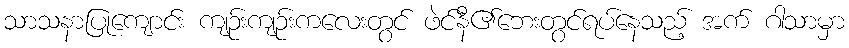
သာသနာပြုကျောင်း ကျဉ်းကျဉ်းကလေးတွင် ဖဲင်နီ၏ဘေးတွင်ရပ်နေသည့် အက် ဂါသာမှာ